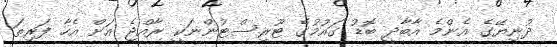
ދުނިޔޭގެ އެންމެ އާބާދީ ބޮޑު ގައުމުގެ ޓޫރިސްޓުންނަކީ ރާއްޖެ އަށް އެހާ ފަރިތަ